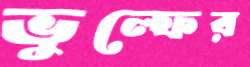
ভুল্ফের